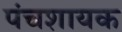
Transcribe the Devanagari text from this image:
पंचशायक